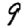
Digit: 9